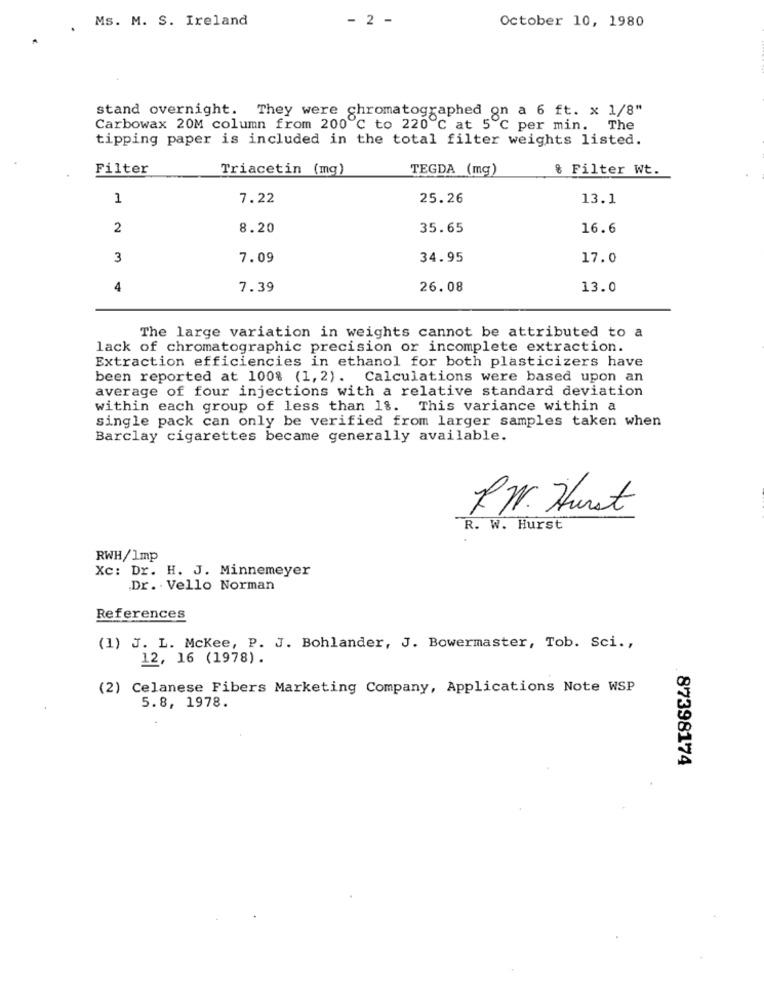
Ms. M. S. Ireland
- 2 -
October 10, 1980
stand overnight. They were chromatographed on a 6 ft. x 1/8"
Carbowax 20M column from 200 ℃ to 220 ℃ at 5 ℃ per min. The
tipping paper is included in the total filter weights listed.
Filter
Triacetin (mg)
TEGDA (mg)
& Filter Wt.
1
7.22
25.26
13.1
2
8.20
35.65
16.6
3
7.09
34.95
17.0
4
7.39
26.08
13.0
The large variation in weights cannot be attributed to a
lack of chromatographic precision or incomplete extraction.
Extraction efficiencies in ethanol for both plasticizers have
been reported at 100% (1, 2). Calculations were based upon an
average of four injections with a relative standard deviation
within each group of less than 18. This variance within a
single pack can only be verified from larger samples taken when
Barclay cigarettes became generally available.
PN. Hurst
R. W. Hurst
RWH/1mp
Xc: Dr. H. J. Minnemeyer
Dr. Vello Norman
References
(1) J. L. Mckee, P. J. Bohlander, J. Bowermaster, Tob. Sci .,
12, 16 (1978).
(2) Celanese Fibers Marketing Company, Applications Note WSP
5.8, 1978.
87398174